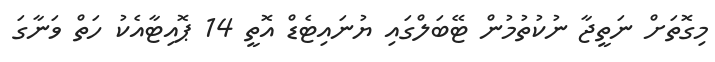
މިގޮތަށް ނަތީޖާ ނުކުތުމުން ޓޭބަލްގައި ޔުނައިޓެޑް އޮތީ 14 ޕޮއިޓާއެކު ހަތް ވަނާގަ